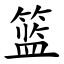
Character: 篮